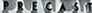
PRECAST